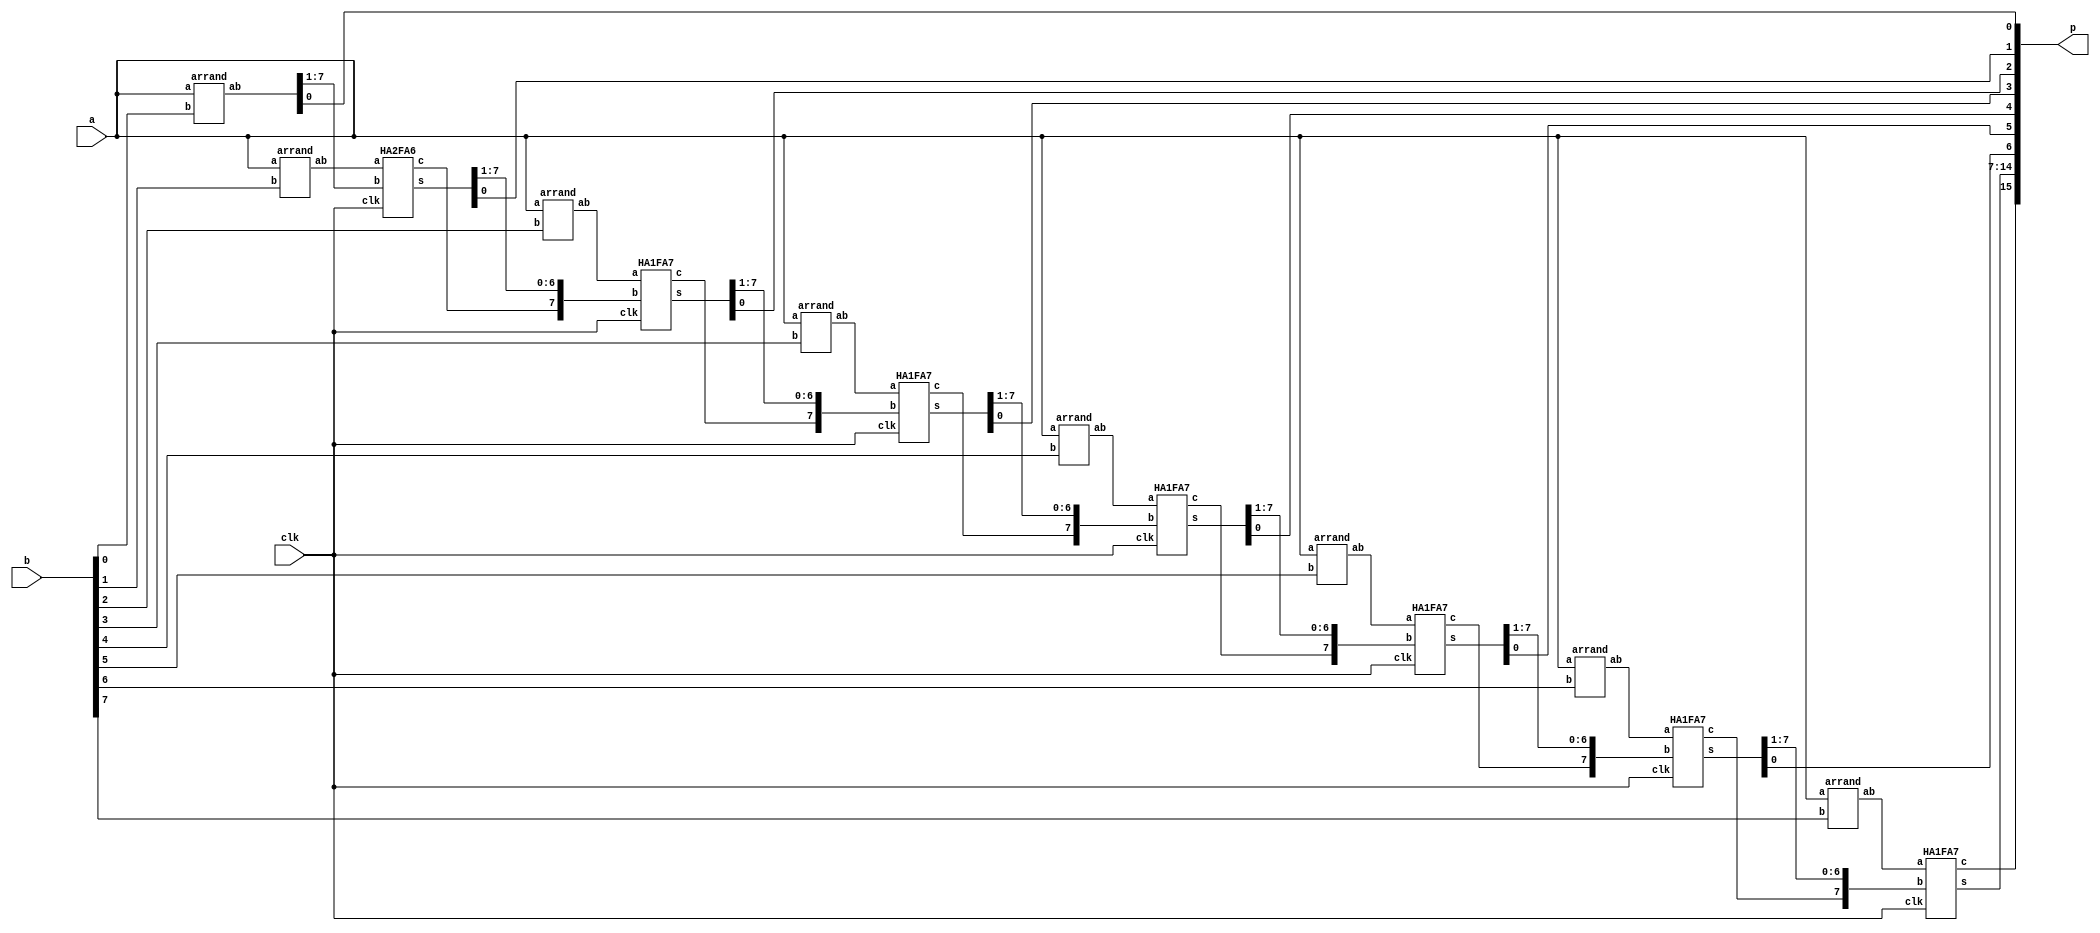
module MPY(clk, a, b, p);
    input clk;
    input [7:0] a, b;
    output [15:0] p;
    wire [7:0] ab0, ab1, ab2, ab3, ab4, ab5, ab6, ab7;
    wire [6:0] carry;
    wire [7:0] s0, s1, s2, s3, s4, s5, s6;

    arrand and0(a, b[0], ab0);
    arrand and1(a, b[1], ab1);
    arrand and2(a, b[2], ab2);
    arrand and3(a, b[3], ab3);
    arrand and4(a, b[4], ab4);
    arrand and5(a, b[5], ab5);
    arrand and6(a, b[6], ab6);
    arrand and7(a, b[7], ab7);


	//****************************************************//
    HA2FA6 HA2FA6_u1(clk, ab1, ab0[7:1], carry[0], s0);
    HA1FA7 HA1FA7_u1(clk, ab2, {carry[0], s0[7:1]}, carry[1], s1);
    HA1FA7 HA1FA7_u2(clk, ab3, {carry[1], s1[7:1]}, carry[2], s2);
    HA1FA7 HA1FA7_u3(clk, ab4, {carry[2], s2[7:1]}, carry[3], s3);
    HA1FA7 HA1FA7_u4(clk, ab5, {carry[3], s3[7:1]}, carry[4], s4);
    HA1FA7 HA1FA7_u5(clk, ab6, {carry[4], s4[7:1]}, carry[5], s5);
    HA1FA7 HA1FA7_u6(clk, ab7, {carry[5], s5[7:1]}, carry[6], s6);


    assign p[0] = ab0[0];
    assign p[1] = s0[0];
    assign p[2] = s1[0];
    assign p[3] = s2[0];
    assign p[4] = s3[0];
    assign p[5] = s4[0];
    assign p[6] = s5[0];
    assign p[14:7] = s6;
    assign p[15] = carry[6];
			
			
	//****************************************************//
	
endmodule

module arrand(a, b, ab);
    input [7:0] a;
    input b;
    output [7:0] ab;

    assign ab[0] = a[0] & b;
    assign ab[1] = a[1] & b;
    assign ab[2] = a[2] & b;
    assign ab[3] = a[3] & b;
    assign ab[4] = a[4] & b;
    assign ab[5] = a[5] & b;
    assign ab[6] = a[6] & b;
    assign ab[7] = a[7] & b;

endmodule

module FA(clk, a, b, cin, s, c);
    input clk;
    input a, b, cin;
    output reg s, c;
    always @(posedge clk) begin
        s <= (a ^ b ^ cin);
        c <= ( a & b ) + ( b & cin ) + ( cin & a );
    end
endmodule

module HA(clk, a, b, s, c);
    input clk;
    input a, b;
    output reg s, c;
    always @(posedge clk) begin
        s <=  a ^ b ;
        c <=  a & b ;
    end
endmodule

module HA1FA7(clk, a, b, c, s);
    input clk;
    input [7:0] a, b;
    output c;
    output [7:0] s;
    wire [7:0] carry;

    HA HA1(clk, a[0], b[0], s[0], carry[0]);
    FA FA1(clk, a[1], b[1], carry[0], s[1], carry[1]);
    FA FA2(clk, a[2], b[2], carry[1], s[2], carry[2]);
    FA FA3(clk, a[3], b[3], carry[2], s[3], carry[3]);
    FA FA4(clk, a[4], b[4], carry[3], s[4], carry[4]);
    FA FA5(clk, a[5], b[5], carry[4], s[5], carry[5]);
    FA FA6(clk, a[6], b[6], carry[5], s[6], carry[6]);
    FA FA7(clk, a[7], b[7], carry[6], s[7], carry[7]);

    assign c = carry[7];
endmodule

module HA2FA6(clk, a, b, c, s);
    input clk;
    input [7:0] a;
    input [6:0] b;
    output c;
    output [7:0] s;

    wire [7:0] carry;

    HA HA1(clk, a[0], b[0], s[0], carry[0]);
    FA FA1(clk, a[1], b[1], carry[0], s[1], carry[1]);
    FA FA2(clk, a[2], b[2], carry[1], s[2], carry[2]);
    FA FA3(clk, a[3], b[3], carry[2], s[3], carry[3]);
    FA FA4(clk, a[4], b[4], carry[3], s[4], carry[4]);
    FA FA5(clk, a[5], b[5], carry[4], s[5], carry[5]);
    FA FA6(clk, a[6], b[6], carry[5], s[6], carry[6]);
    HA HA2(clk, a[7], carry[6], s[7], carry[7]);

    assign c = carry[7];
endmodule